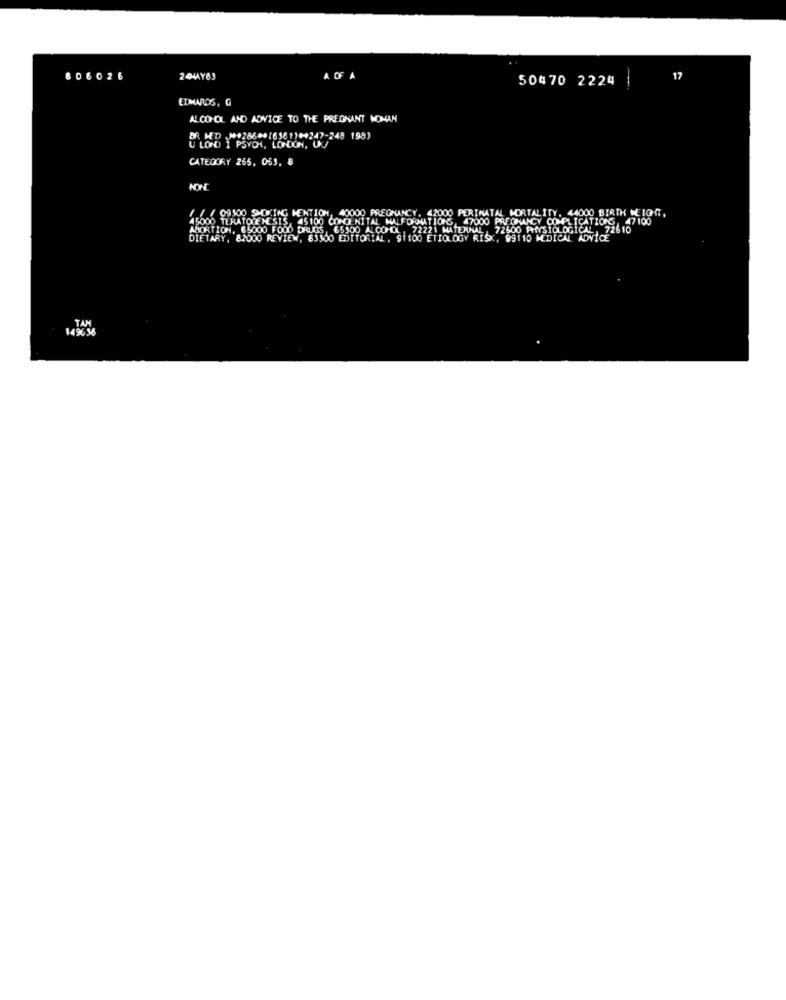
606026
2 44AY83
A OF A
50470 2224
17
ETMAROS, G
ALCOHOL AND ADVICE TO THE PREGNANT WOMAN
DR MED ⑈12868+16361) ** 247-248 1983
U LOND I PSYCHI, LONDON, UK
CATEGORY 265, 053, 8
NON
/ / / 09300 SMOKING MENTION, 40000 PREGNANCY. 42000 PERINATAL MORTALITY. 44000 BIRTH WEIGHT,
45000 TERATOGENESIS, 45100 CONGENITAL MALFORMATIONS, 47000 PREGNANCY COMPLICATIONS, 47100
ABORTION, 65000 FOOD DRUGS, 65300 ALCOHOL, 72221 MATERNAL ,72500 PHYSIOLOGICAL ,72610
DIETARY, 82000 REVIEW, 63300 EDITORIAL, 91100 ETIOLOGY RISK, 99110 MEDICAL ADVICE
TAN
149636